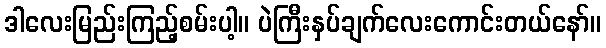
ဒါလေးမြည်းကြည့်စမ်းပါ့။ ပဲကြီးနှပ်ချက်လေးကောင်းတယ်နော်။